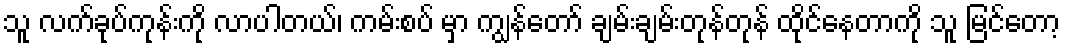
သူ လက်ခုပ်ကုန်းကို လာပါတယ်၊ ကမ်းစပ် မှာ ကျွန်တော် ချမ်းချမ်းတုန်တုန် ထိုင်နေတာကို သူ မြင်တော့